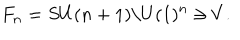
LaTeX: F _ { n } = S U ( n + 1 ) / U ( 1 ) ^ { n } \ni V .